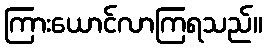
ကြားယောင်လာကြရသည်။